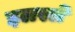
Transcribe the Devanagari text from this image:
इलस्ले